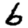
Digit: 6